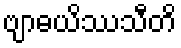
ဗျာဓယိဿသီတိ